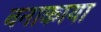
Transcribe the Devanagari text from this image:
वनाकाया